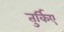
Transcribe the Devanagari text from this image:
तुर्किए